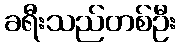
ခရီးသည်တစ်ဦး